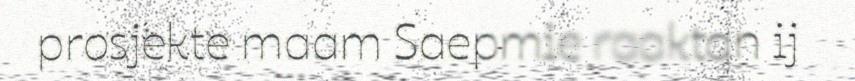
prosjekte maam Saepmie raaktan ij